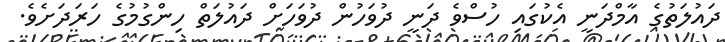
ދައުލަތުގެ އާމްދަނީ އެކުގައި ހުސްވެ ދަނީ ދުވަހުން ދުވަހަށް ދައުލަތް ހިންގުމުގެ ހަރަދަށެވެ.